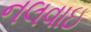
નલવાઇ